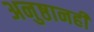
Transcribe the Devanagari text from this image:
अनुष्ठानही